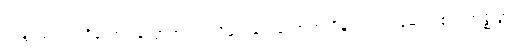
သန္တံ၊ ထင်ရှားရှိသော။ လောဘံ ဝါ၊ လိုချင်ခြင်းလောဘကိုမူလည်း။ မေ၊ ငါ၏။ အဇ္ဈတ္တံ၊